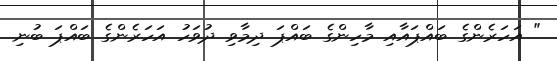
" އަހަރެންގެ ބައްޕައާއި މާހިންގެ ބައްޕަ ދިމާވި ދުވަހު އަހަރެންގެ ބައްޕަ ބުނި